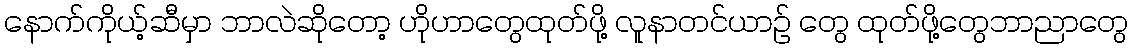
နောက်ကိုယ့်ဆီမှာ ဘာလဲဆိုတော့ ဟိုဟာတွေထုတ်ဖို့ လူနာတင်ယာဉ် တွေ ထုတ်ဖို့တွေဘာညာတွေ